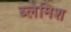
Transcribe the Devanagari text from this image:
ब्लेमिश